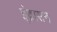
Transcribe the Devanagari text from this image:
इंद्रासन